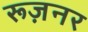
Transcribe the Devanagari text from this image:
रूज़नर